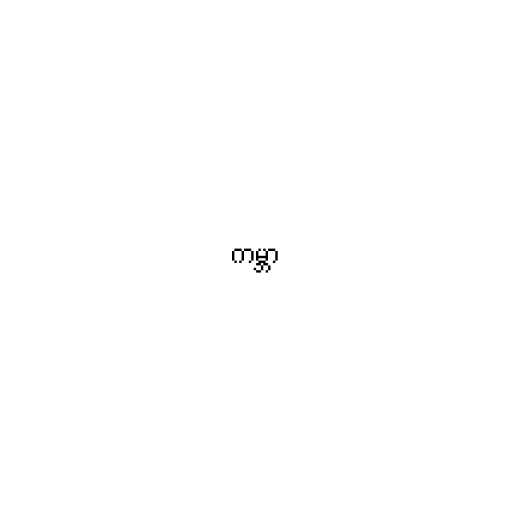
ကမ္ဘာ